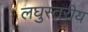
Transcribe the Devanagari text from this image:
लघुस्तरीय